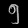
Digit: ၅